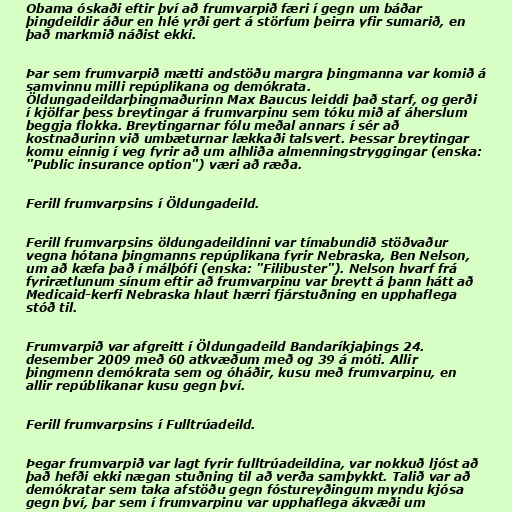
Obama óskaði eftir því að frumvarpið færi í gegn um báðar
þingdeildir áður en hlé yrði gert á störfum þeirra yfir sumarið, en
það markmið náðist ekki.

Þar sem frumvarpið mætti andstöðu margra þingmanna var komið á
samvinnu milli repúplikana og demókrata.
Öldungadeildarþingmaðurinn Max Baucus leiddi það starf, og gerði
í kjölfar þess breytingar á frumvarpinu sem tóku mið af áherslum
beggja flokka. Breytingarnar fólu meðal annars í sér að
kostnaðurinn við umbæturnar lækkaði talsvert. Þessar breytingar
komu einnig í veg fyrir að um alhliða almenningstryggingar (enska:
"Public insurance option") væri að ræða.

Ferill frumvarpsins í Öldungadeild.

Ferill frumvarpsins öldungadeildinni var tímabundið stöðvaður
vegna hótana þingmanns repúplikana fyrir Nebraska, Ben Nelson,
um að kæfa það í málþófi (enska: "Filibuster"). Nelson hvarf frá
fyrirætlunum sínum eftir að frumvarpinu var breytt á þann hátt að
Medicaid-kerfi Nebraska hlaut hærri fjárstuðning en upphaflega
stóð til.

Frumvarpið var afgreitt í Öldungadeild Bandaríkjaþings 24.
desember 2009 með 60 atkvæðum með og 39 á móti. Allir
þingmenn demókrata sem og óháðir, kusu með frumvarpinu, en
allir repúblikanar kusu gegn því.

Ferill frumvarpsins í Fulltrúadeild.

Þegar frumvarpið var lagt fyrir fulltrúadeildina, var nokkuð ljóst að
það hefði ekki nægan stuðning til að verða samþykkt. Talið var að
demókratar sem taka afstöðu gegn fóstureyðingum myndu kjósa
gegn því, þar sem í frumvarpinu var upphaflega ákvæði um